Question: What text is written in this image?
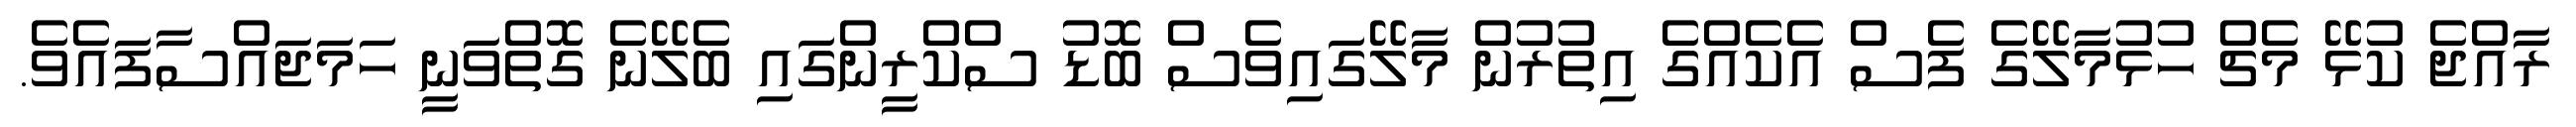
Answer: ރާއްޖެ ކުޅޭ މެޗް ހުޅުމާލޭގެ ފެސް އެކެއްގެ އިތުރުން މާލޭގައިވެސް ބޮޑު ސްކްރީންގައި ބެލޭނެ ގޮތްވަނީ ހަމަޖައްސާފައެވެ.